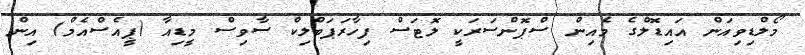
މޯލްޑިވިއަން އައިޑޮލްގެ މެއިން ސްޕޮންސަރަކީ ލޮޓަސް ފިހާރަޕަބްލިކް ސާވިސް މީޑިއާ (ޕީއެސްއެމް) އިން